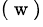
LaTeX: ^{(\mathrm{~w~})}